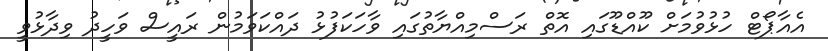
އެއާޕޯޓް ހުޅުވުމަށް ކޫއްޑޫގައި އޮތް ރަސްމިއްޔާތުގައި ވާހަކަފުޅު ދައްކަވަމުން ރައީސް ވަހީދު ވިދާޅުވީ